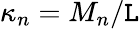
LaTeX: \kappa_{n}=M_{n}/\mathtt{L}